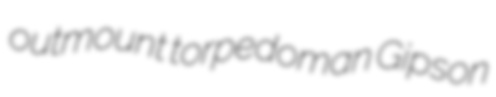
outmount torpedoman Gipson